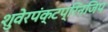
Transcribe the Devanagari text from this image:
शुवेरपंक्टप्रिनजिप